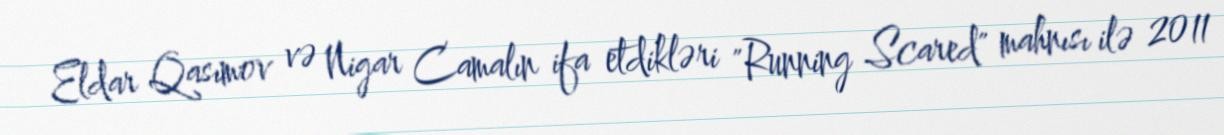
Eldar Qasımov və Nigar Camalın ifa etdikləri "Running Scared" mahnısı ilə 2011